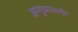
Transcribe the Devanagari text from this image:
अणूचाचणी